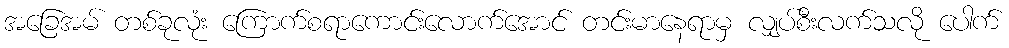
အခြေအမ် တစ်ခုလုံး ကြောက်စရာကောင်းလောက်အောင် တင်းမာနေရာမှ လျှပ်စီးလက်သလို ပေါက်